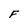
Character: F